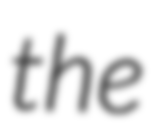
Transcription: the